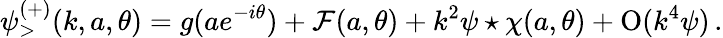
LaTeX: \psi_{>}^{(+)}(k,a,\theta)=g(ae^{-i\theta})+\mathcal{F}(a,\theta)+k^{2}\psi\star\chi(a,\theta)+\mathrm{{O}}(k^{4}\psi)\, .